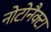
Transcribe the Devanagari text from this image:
नोटोनैक्टा